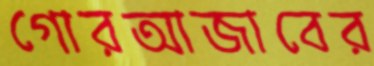
গোরআজাবের